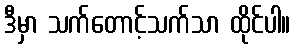
ဒီမှာ သက်တောင့်သက်သာ ထိုင်ပါ။